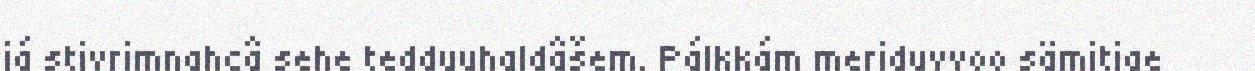
já stivrimnahcâ sehe tedduuhaldâšem. Pálkkám meriduvvoo sämitige